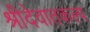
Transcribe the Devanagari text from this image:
श्रीदेवातकल्प